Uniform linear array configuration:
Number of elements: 8
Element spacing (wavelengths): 0.75
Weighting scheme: blackman
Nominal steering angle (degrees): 0
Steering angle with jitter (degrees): -0.5309
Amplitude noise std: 0.05
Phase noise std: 0.05

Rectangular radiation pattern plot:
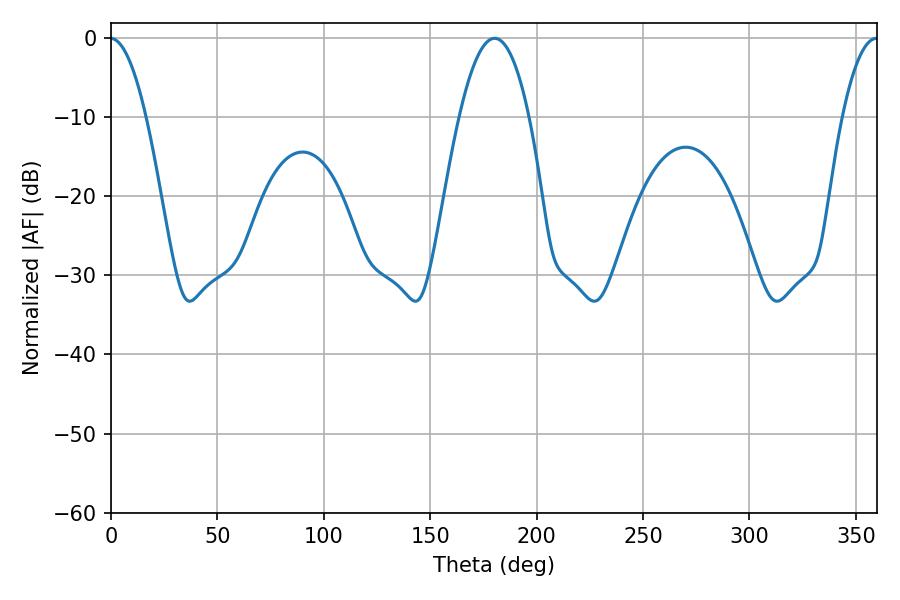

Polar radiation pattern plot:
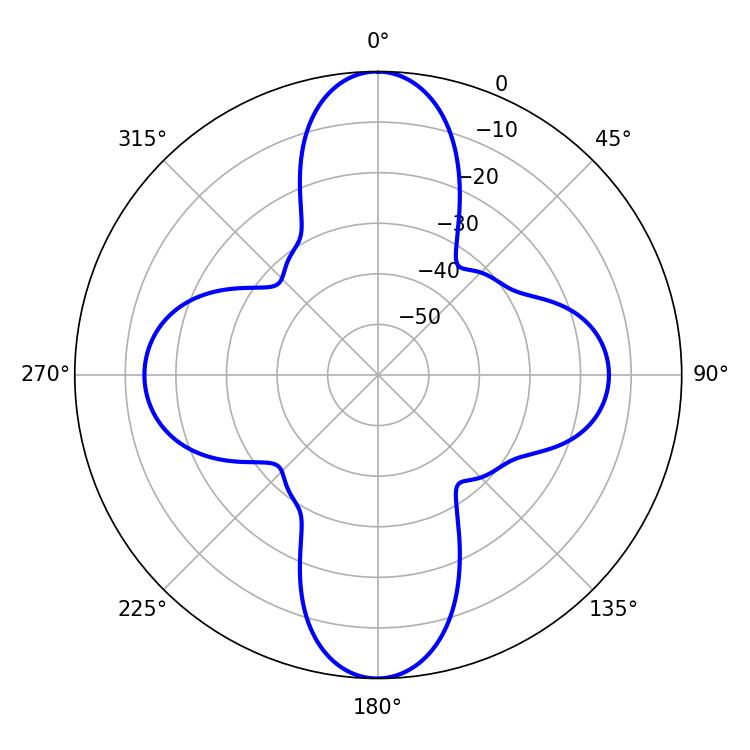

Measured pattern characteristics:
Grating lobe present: TRUE
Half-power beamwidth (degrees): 18
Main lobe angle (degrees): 180.18